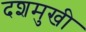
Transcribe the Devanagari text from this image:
दशमुखी